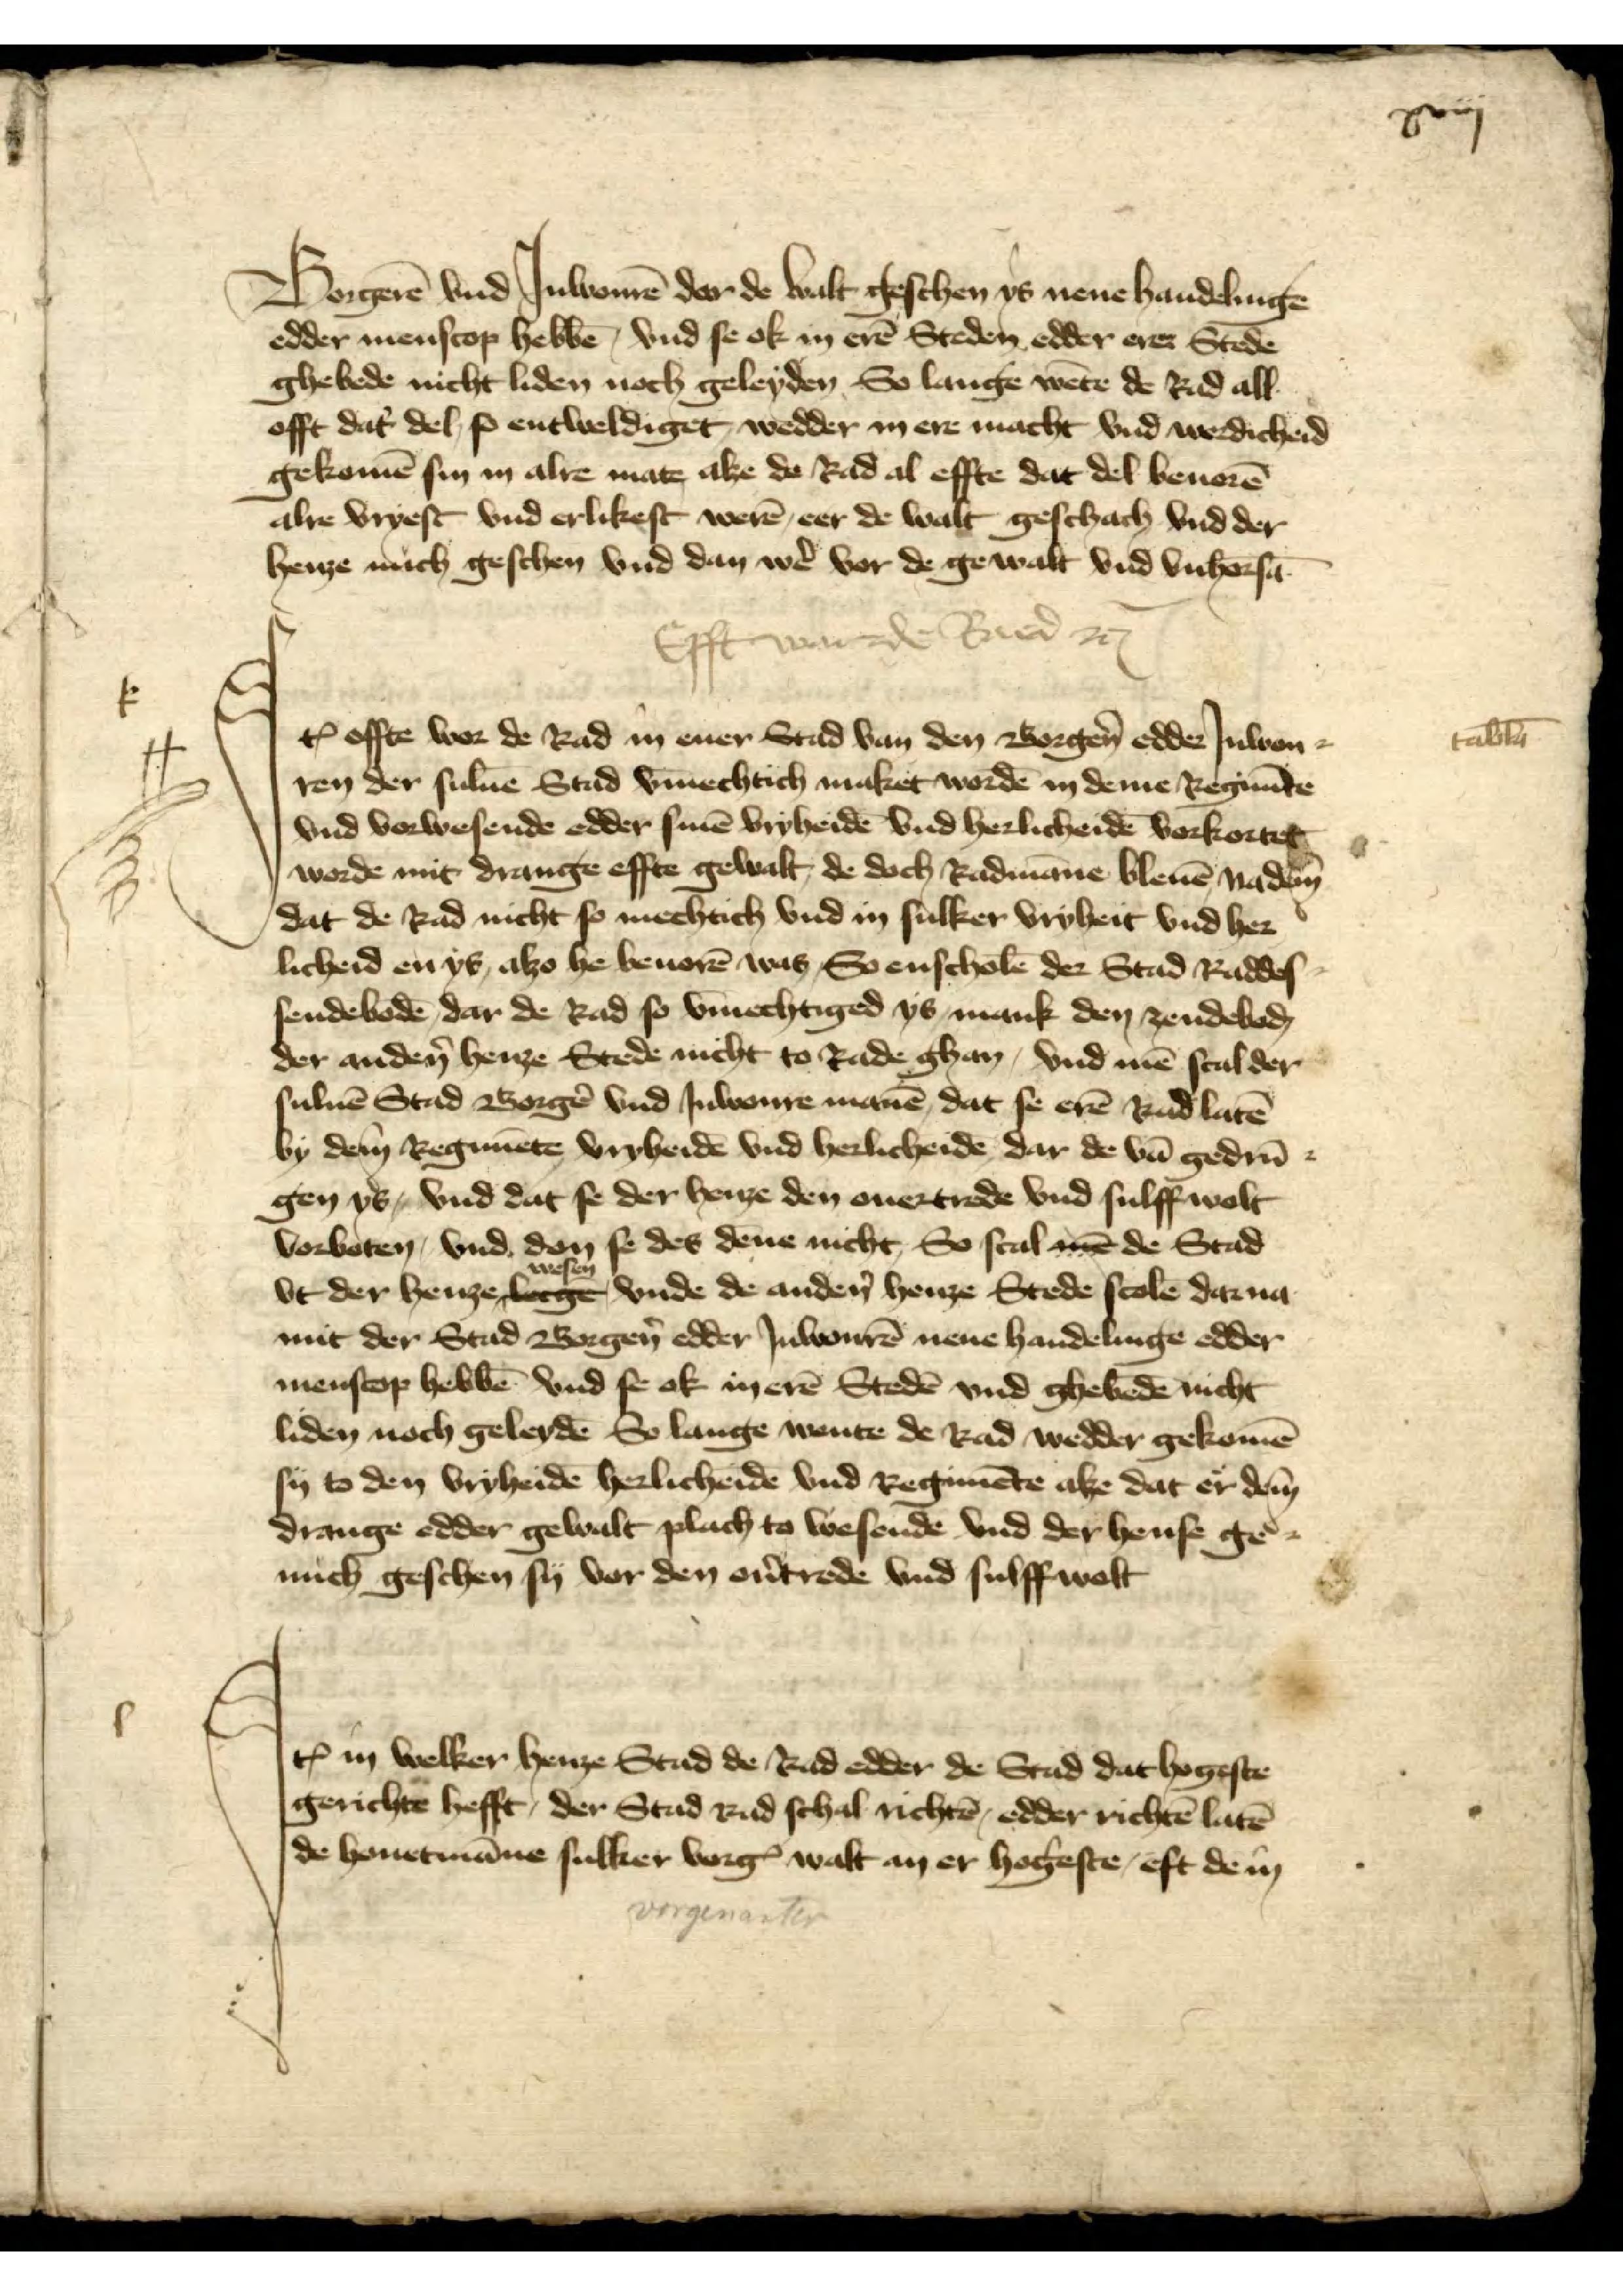
xviij

Borgerē vnd Juwenrē dar de walt geschen ys nene handlinge
edder menscop hebbē vnd se ok in erē Steden edder erer Stede
ghebede nicht liden noch geleyden So lange wetē de Rad all
offt dat des so entweldiget, wedder mere macht vnd werdicheid
gekomē sin in alre mate, alze de Rad al effte dat del beuorē
alre vryest vnd erlikest werē, eer de walt geschach vnd der
henze nuch geschen vnd dan wẻ vor de gewalt vnd vnhorsā

Efft wan de  Beed etc

Jꝷ effte wor de Rad in ener Stad van den Borgẻn edder Juwen¬
ren der suluē Stad v̄mechtich maket wordē in deme Regim̄te
vnd vorwesende edder sinē vryheidē vnd herlicheidē vorkortet
worde mit drange effte gewalt de doch Radmāne bleuē Nadem
dat de Rad nicht so mechtich vnd in sulker vryheit vnd her
licheid en ys alzo he beuorē was So enscholē der Stad Raddes¬
sendebodē dar de Rad so v̄mechtiged ys, mank den zendeboḑ
der andẻ henze Stede nicht to Rade ghan, vnd mē scal der
suluē Stad Borgẻ vnd Iuwenre manē, dat se erē Rad latē
by dem Regimēte vryheidē vnd herlicheide dar de vā gederū¬
gen ys, vnd dat se der henze den ouertrede vnd sulffwolt
vorboten, vnd den se des dēne nicht, So scal mē de Stad
vt der henze wesen vnde de andẻn henze Stede scole darna
mit der Stad Borgẻn edder Iuwenrē nene handelinge edder
menscop hebbē vnd se ok in erē Stedē vnd ghebedē nicht
liden noch geleydē So lange wente de Rad wedder gekomē
sy to den vryheidē herlicheidē vnd Regimēte alze dat er dem
drange edder gewalt plach to wesende vnd der hense ge¬
nuch geschen sy vor den oūtrede vnd sulffwest

Jꝷ in welker henze Stad de Rad edder de Stad hogeste
gerichte hefft, der Stad Rad schal nichtē, edder richtē latē
de houetmāne sulker vorgꝬ walt an er hogeste eft de in

tab̄la

k

l